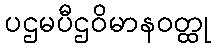
ပဌမပီဌဝိမာနဝတ္ထု